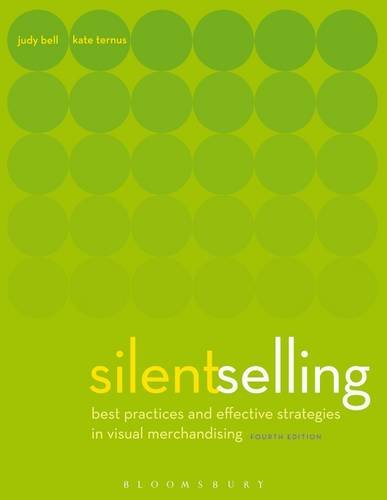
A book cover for Silent Selling: Best Practices and Effective Strategies in Visual Merchandising; Judith Bell; Business & Money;